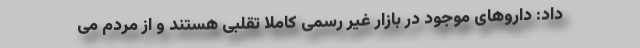
داد: داروهای موجود در بازار غیر رسمی کاملا تقلبی هستند و از مردم می